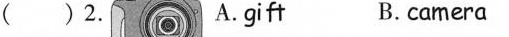
( ) 2. A. gift B.camera